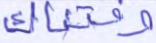
وفتناك